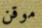
موقن